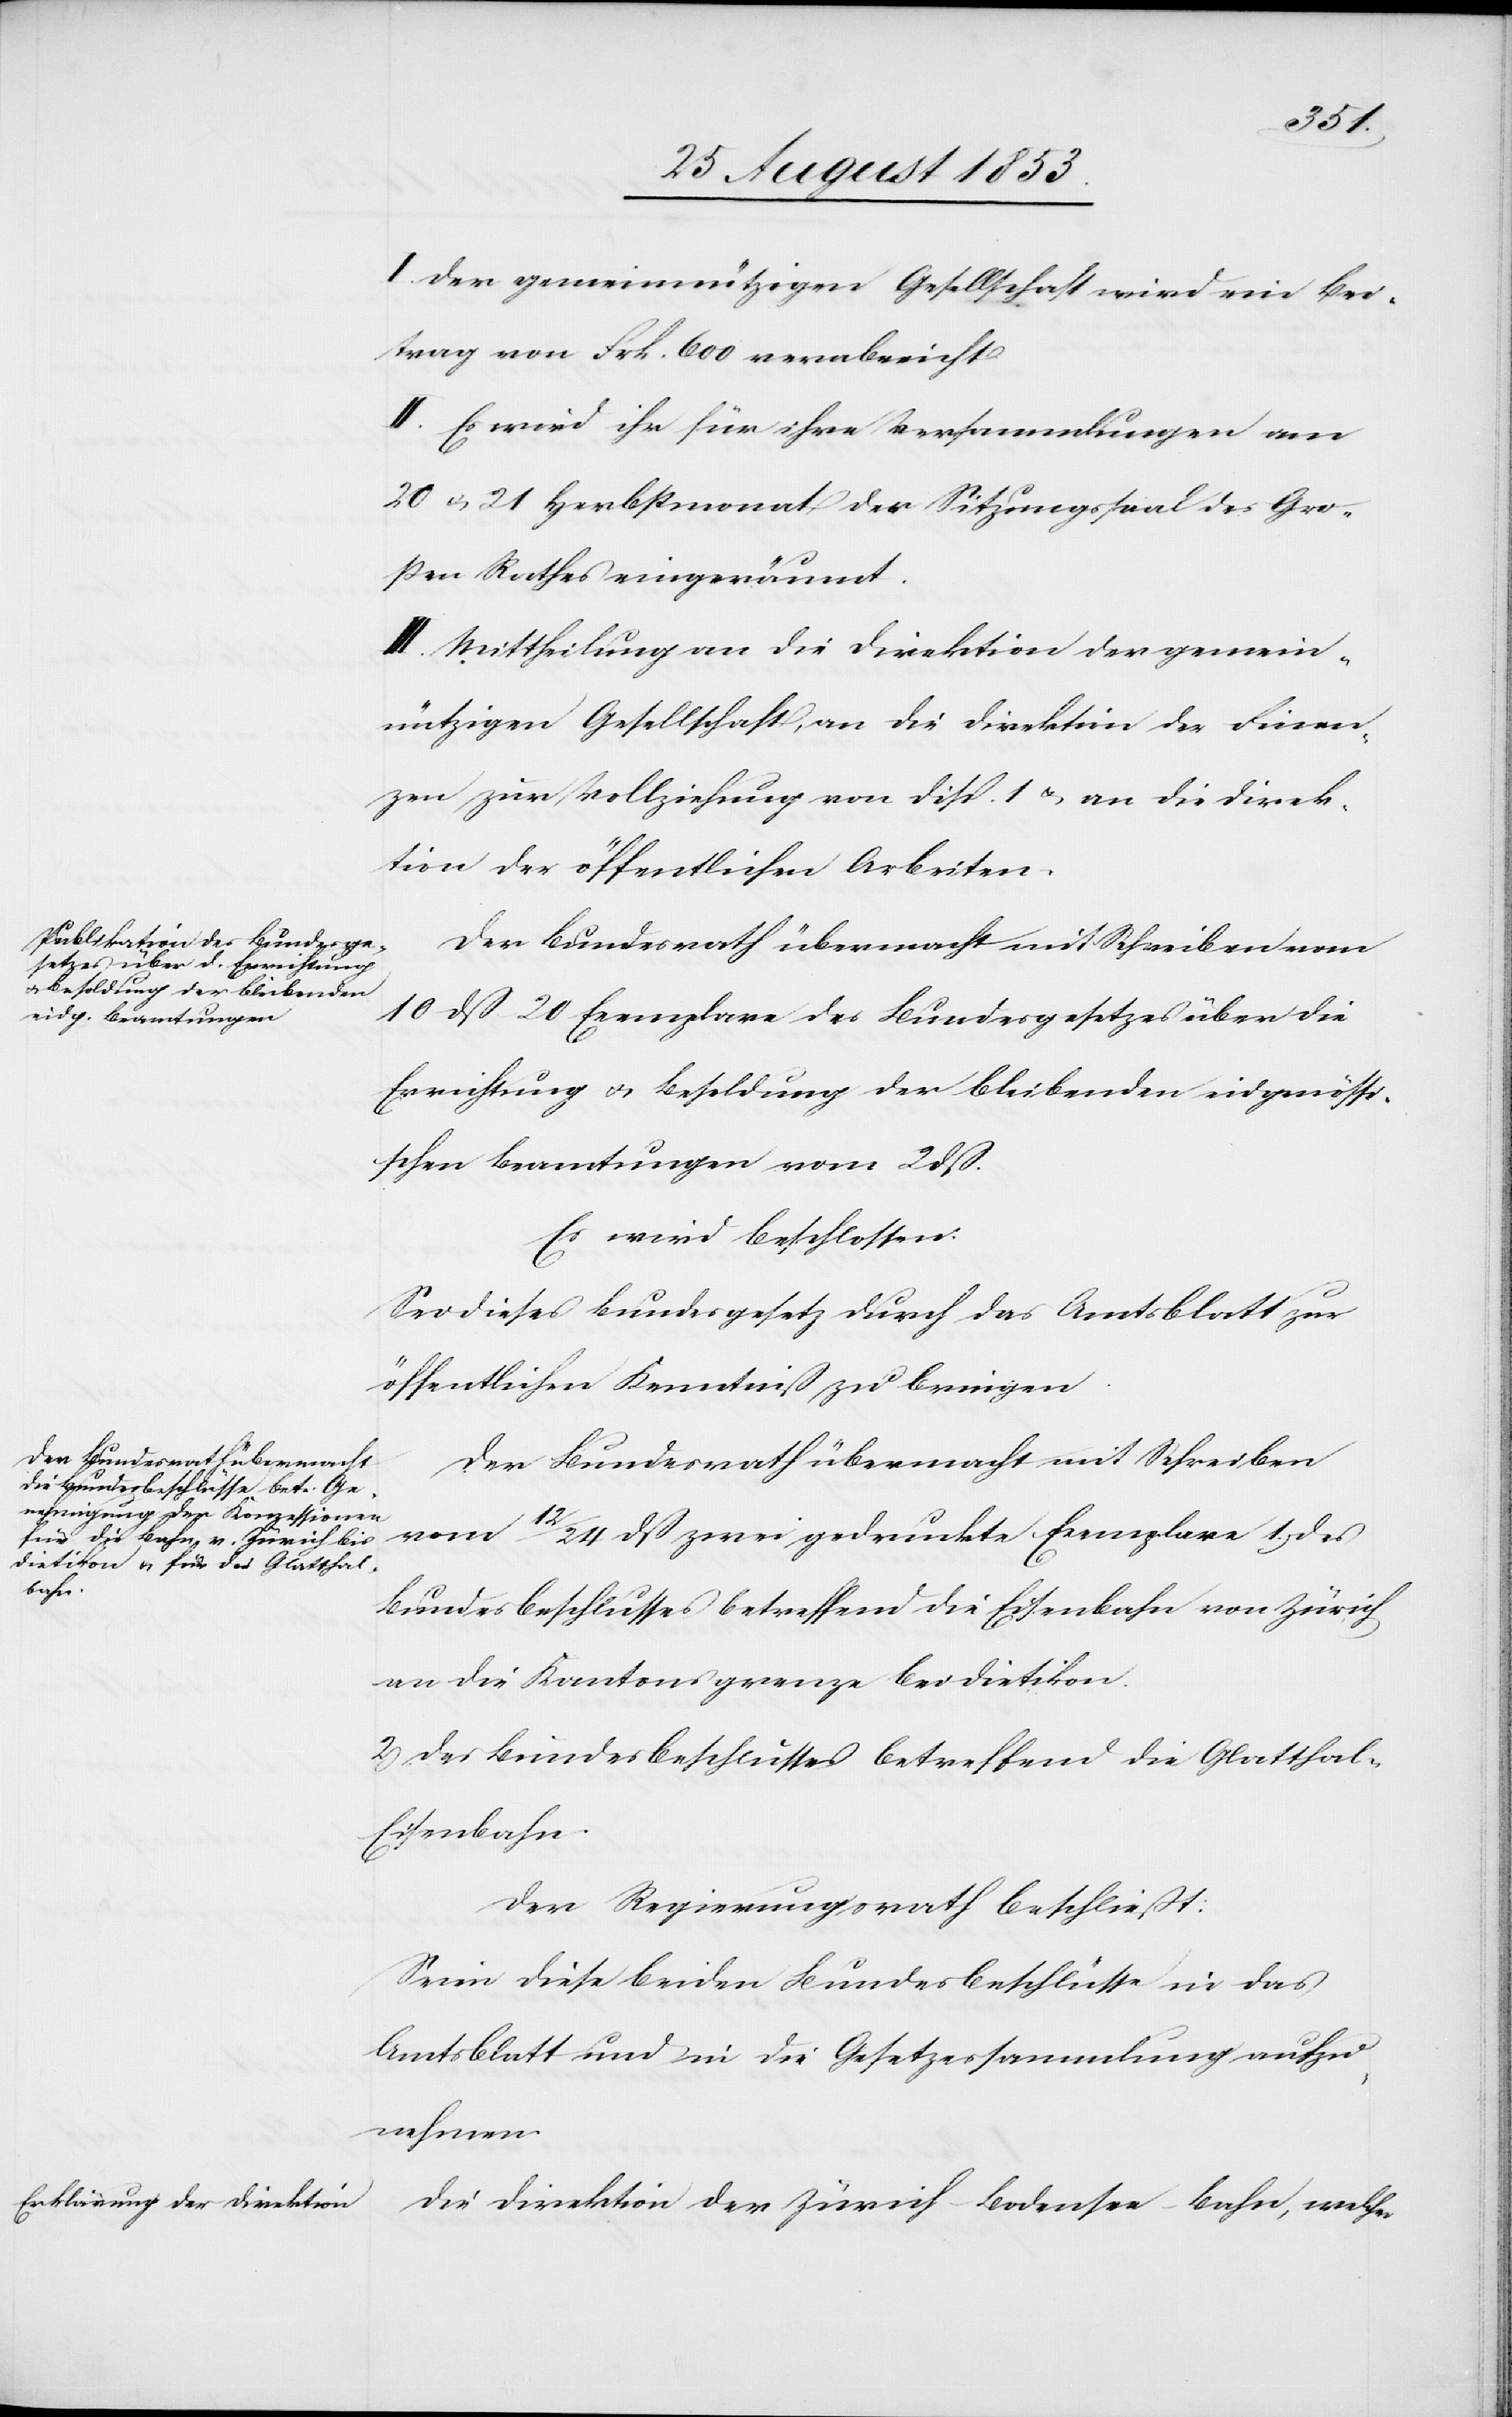
I. Der gemeinnützigen Gesellschaft wird ein Bei¬
trag von Frk. 600 verabreicht.
II. Es wird ihr für ihre Versammlungen von
20 u. 21 Herbstmonat der Sitzungssaal des Gro¬
ßen Rathes eingeräumt.
III. Mittheilung an die Direktion der gemein¬
nützigen Gesellschaft, an die Direktion der Finan¬
zen zur Vollziehung von Disp. 1 u. an die Direk¬
tion der öffentlichen Arbeiten.
Der Bundesrath übermacht mit Schreiben vom
10 dß 20 Exemplare des Bundesgesetzes über die
Errichtung u. Besoldung der bleibenden eidgenössi¬
schen Beamtungen vom 2 dß.
Es wird beschlossen:
Sei dieses Bundesgesetz durch das Amtsblatt zur
öffentlichen Kenntniß zu bringen.
Der Bundesrath übermacht mit Schreiben
vom 12/24 dß zwei gedruckte Exemplare 1.) des
Bundesbeschlusses betreffend die Eisenbahn von Zürich
an die Kantonsgrenze bei Dietikon.
2) des Bundesbeschlusses betreffend die Glatthal-E¬
isenbahn.
Der Regierungsrath beschließt:
Seien diese beiden Bundesbeschlüsse in das
Amtsblatt und in die Gesetzessammlung aufzu¬
nehmen.
Die Direktion der Zürich-Bodensee-Bahn, welche